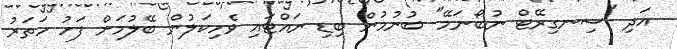
އަދި "ސިނގިރޭޓް ނުބޯނަމޭ" ބުނުމުން ބިޑި ނައްޓައި ވެހިކަލުން ބޭލުމަށް ފަހު ހަތަރު